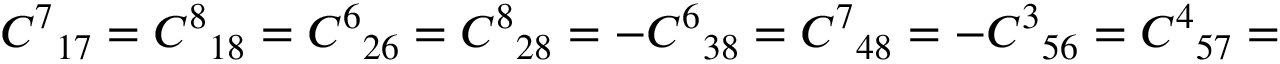
{ C ^ { 7 } } _ { 1 7 } = { C ^ { 8 } } _ { 1 8 } = { C ^ { 6 } } _ { 2 6 } = { C ^ { 8 } } _ { 2 8 } = - { C ^ { 6 } } _ { 3 8 } = { C ^ { 7 } } _ { 4 8 } = - { C ^ { 3 } } _ { 5 6 } = { C ^ { 4 } } _ { 5 7 } =